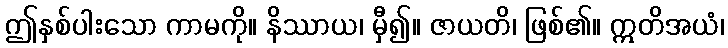
ဤနှစ်ပါးသော ကာမကို။ နိဿာယ၊ မှီ၍။ ဇာယတိ၊ ဖြစ်၏။ ဣတိအယံ၊